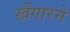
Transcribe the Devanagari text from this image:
खेंगारने